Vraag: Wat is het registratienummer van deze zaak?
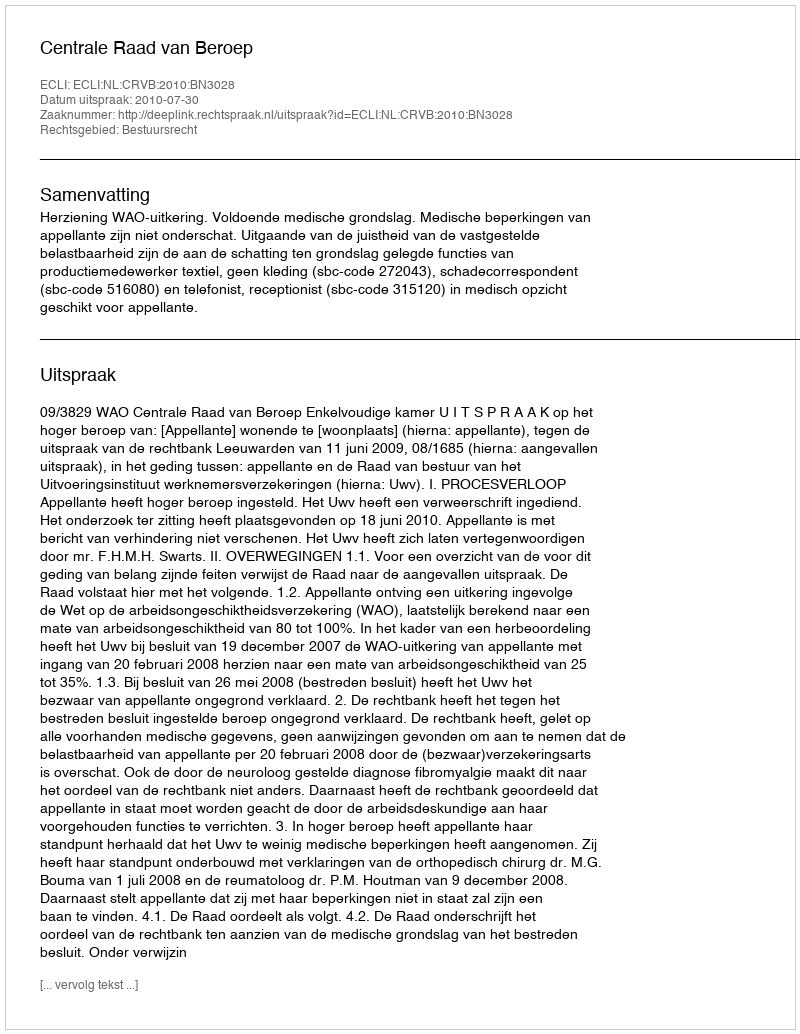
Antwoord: http://deeplink.rechtspraak.nl/uitspraak?id=ECLI:NL:CRVB:2010:BN3028